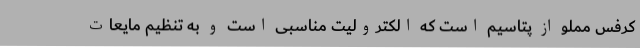
کرفس مملو از پتاسیم است که الکترولیت مناسبی است و به تنظیم مایعات